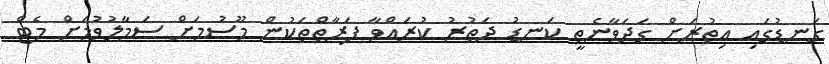
ގަނޑުގައި އިތުރަށް ގަދަވާނެތީ ކަނޑު ދަތުރު ކުރައްވާ ފަރާތްތަކުން މޫސުމަށް ސަމާލުވުމަށް މެޓް